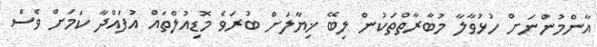
އާންމުންނަށް ހުޅުވާލާ މުބާރާތްތަކުން ލިބޭ ޚިޔާލަށް ބުރަވެ މޮޑިއުލްތައް އުފައްދާ ކަމަށް ވެސް